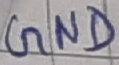
Text: GND